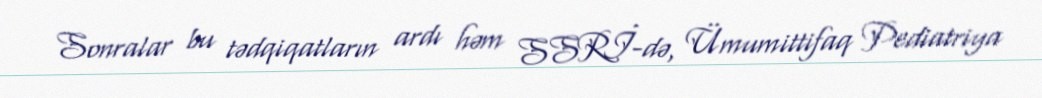
Sonralar bu tədqiqatların ardı həm SSRİ-də, Ümumittifaq Pediatriya